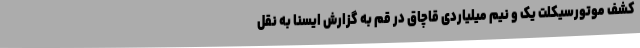
کشف موتورسیکلت یک و نیم میلیاردی قاچاق در قم به گزارش ایسنا به نقل